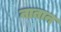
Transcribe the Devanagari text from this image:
नातान